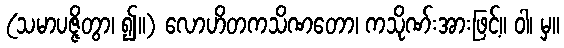
(သမာပဇ္ဇိတွာ၊ ၍။) လောဟိတကသိဏတော၊ ကသိုဏ်းအားဖြင့်။ ဝါ၊ မှ။